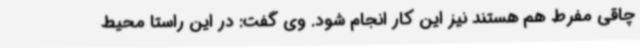
چاقی مفرط هم هستند نیز این کار انجام شود. وی گفت: در این راستا محیط